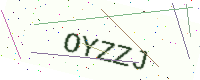
Text: OYZZJ